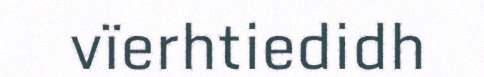
vïerhtiedidh